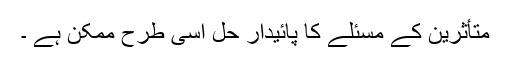
متأثرین کے مسئلے کا پائیدار حل اسی طرح ممکن ہے ۔